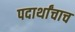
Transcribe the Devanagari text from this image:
पदार्थांचाच